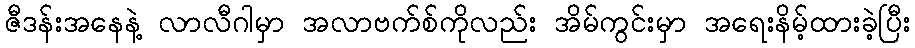
ဇီဒန်းအနေနဲ့ လာလီဂါမှာ အလာဗက်စ်ကိုလည်း အိမ်ကွင်းမှာ အရေးနိမ့်ထားခဲ့ပြီး